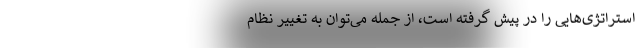
استراتژی­هایی را در پیش گرفته است، از جمله می­توان به تغییر نظام